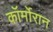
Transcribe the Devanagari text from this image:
कॉर्मोरान